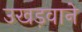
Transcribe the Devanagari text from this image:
उखड़वाने